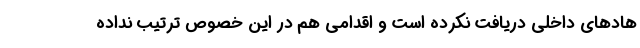
هادهای داخلی دریافت نکرده است و اقدامی هم در این خصوص ترتیب نداده